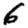
Digit: 6